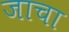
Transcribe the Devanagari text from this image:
जाचा